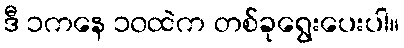
ဒီ ၁ကနေ ၁၀ထဲက တစ်ခုရွေးပေးပါ။